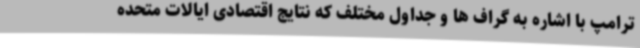
ترامپ با اشاره به گراف ها و جداول مختلف که نتایج اقتصادی ایالات متحده